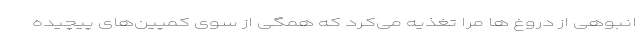
انبوهی از دروغ ها مرا تغذیه می‌کرد که همگی از سوی کمپین‌های پیچیده